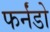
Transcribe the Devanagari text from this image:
फर्नंडो